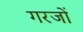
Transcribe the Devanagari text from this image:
गरजों